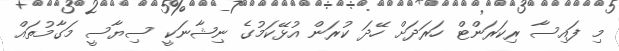
މި ފައިސާ ރިކަރަންޓް ހަރަދަށް ހޭދަ ކުރަން އުޅޭކަމުގެ ނިޝާނަކީ ސިޔާސީ މަގާމުތައް